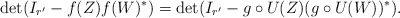
\begin{align*}\det(I_{r'}-f(Z)f(W)^*) = \det(I_{r'} - g\circ U(Z) (g\circ U(W))^*).\end{align*}